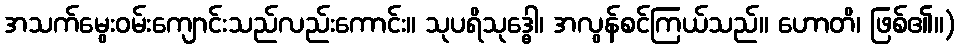
အသက်မွေးဝမ်းကျောင်းသည်လည်းကောင်း။ သုပရိသုဒ္ဓေါ၊ အလွန်စင်ကြယ်သည်။ ဟောတိ၊ ဖြစ်၏။)